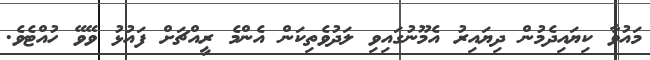
މައުވާ ކިޔައިދެމުން ދިޔައިރު އެމޫނުގައިވި ލަދުވެތިކަން އެންމެ ރީއްޗަށް ފައުޅު ވޭވޭ ހުއްޓެވެ.